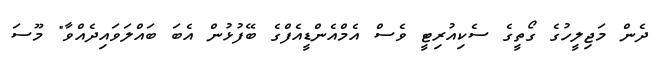
ދެން މަޖިލީހުގެ ގޯތީގެ ސެކިއުރިޓީ ވެސް އެމްއެންޑީއެފްގެ ބޭފުޅުން އެބަ ބައްލަވައިދެއްވާ" މޫސަ